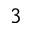
^ 3